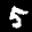
Label: 5